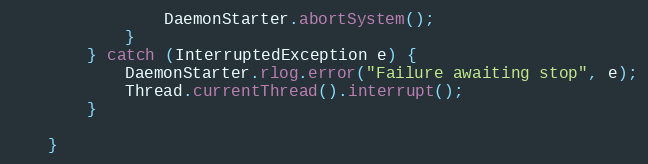
Language: Java
                DaemonStarter.abortSystem();
            }
        } catch (InterruptedException e) {
            DaemonStarter.rlog.error("Failure awaiting stop", e);
            Thread.currentThread().interrupt();
        }

    }